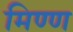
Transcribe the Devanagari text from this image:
मिण्ण